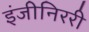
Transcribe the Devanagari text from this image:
इंजीनिररी